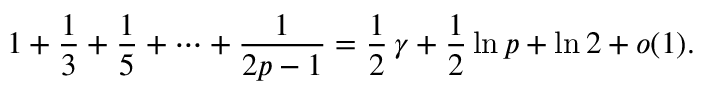
{ 1 } + { \frac { 1 } { 3 } } + { \frac { 1 } { 5 } } + \cdots + { \frac { 1 } { 2 p - 1 } } = { \frac { 1 } { 2 } } \, \gamma + { \frac { 1 } { 2 } } \ln p + \ln 2 + o ( 1 ) .